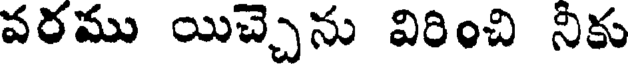
వరము యిచ్చెను విరించి నీకు